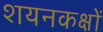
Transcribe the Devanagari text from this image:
शयनकक्षों